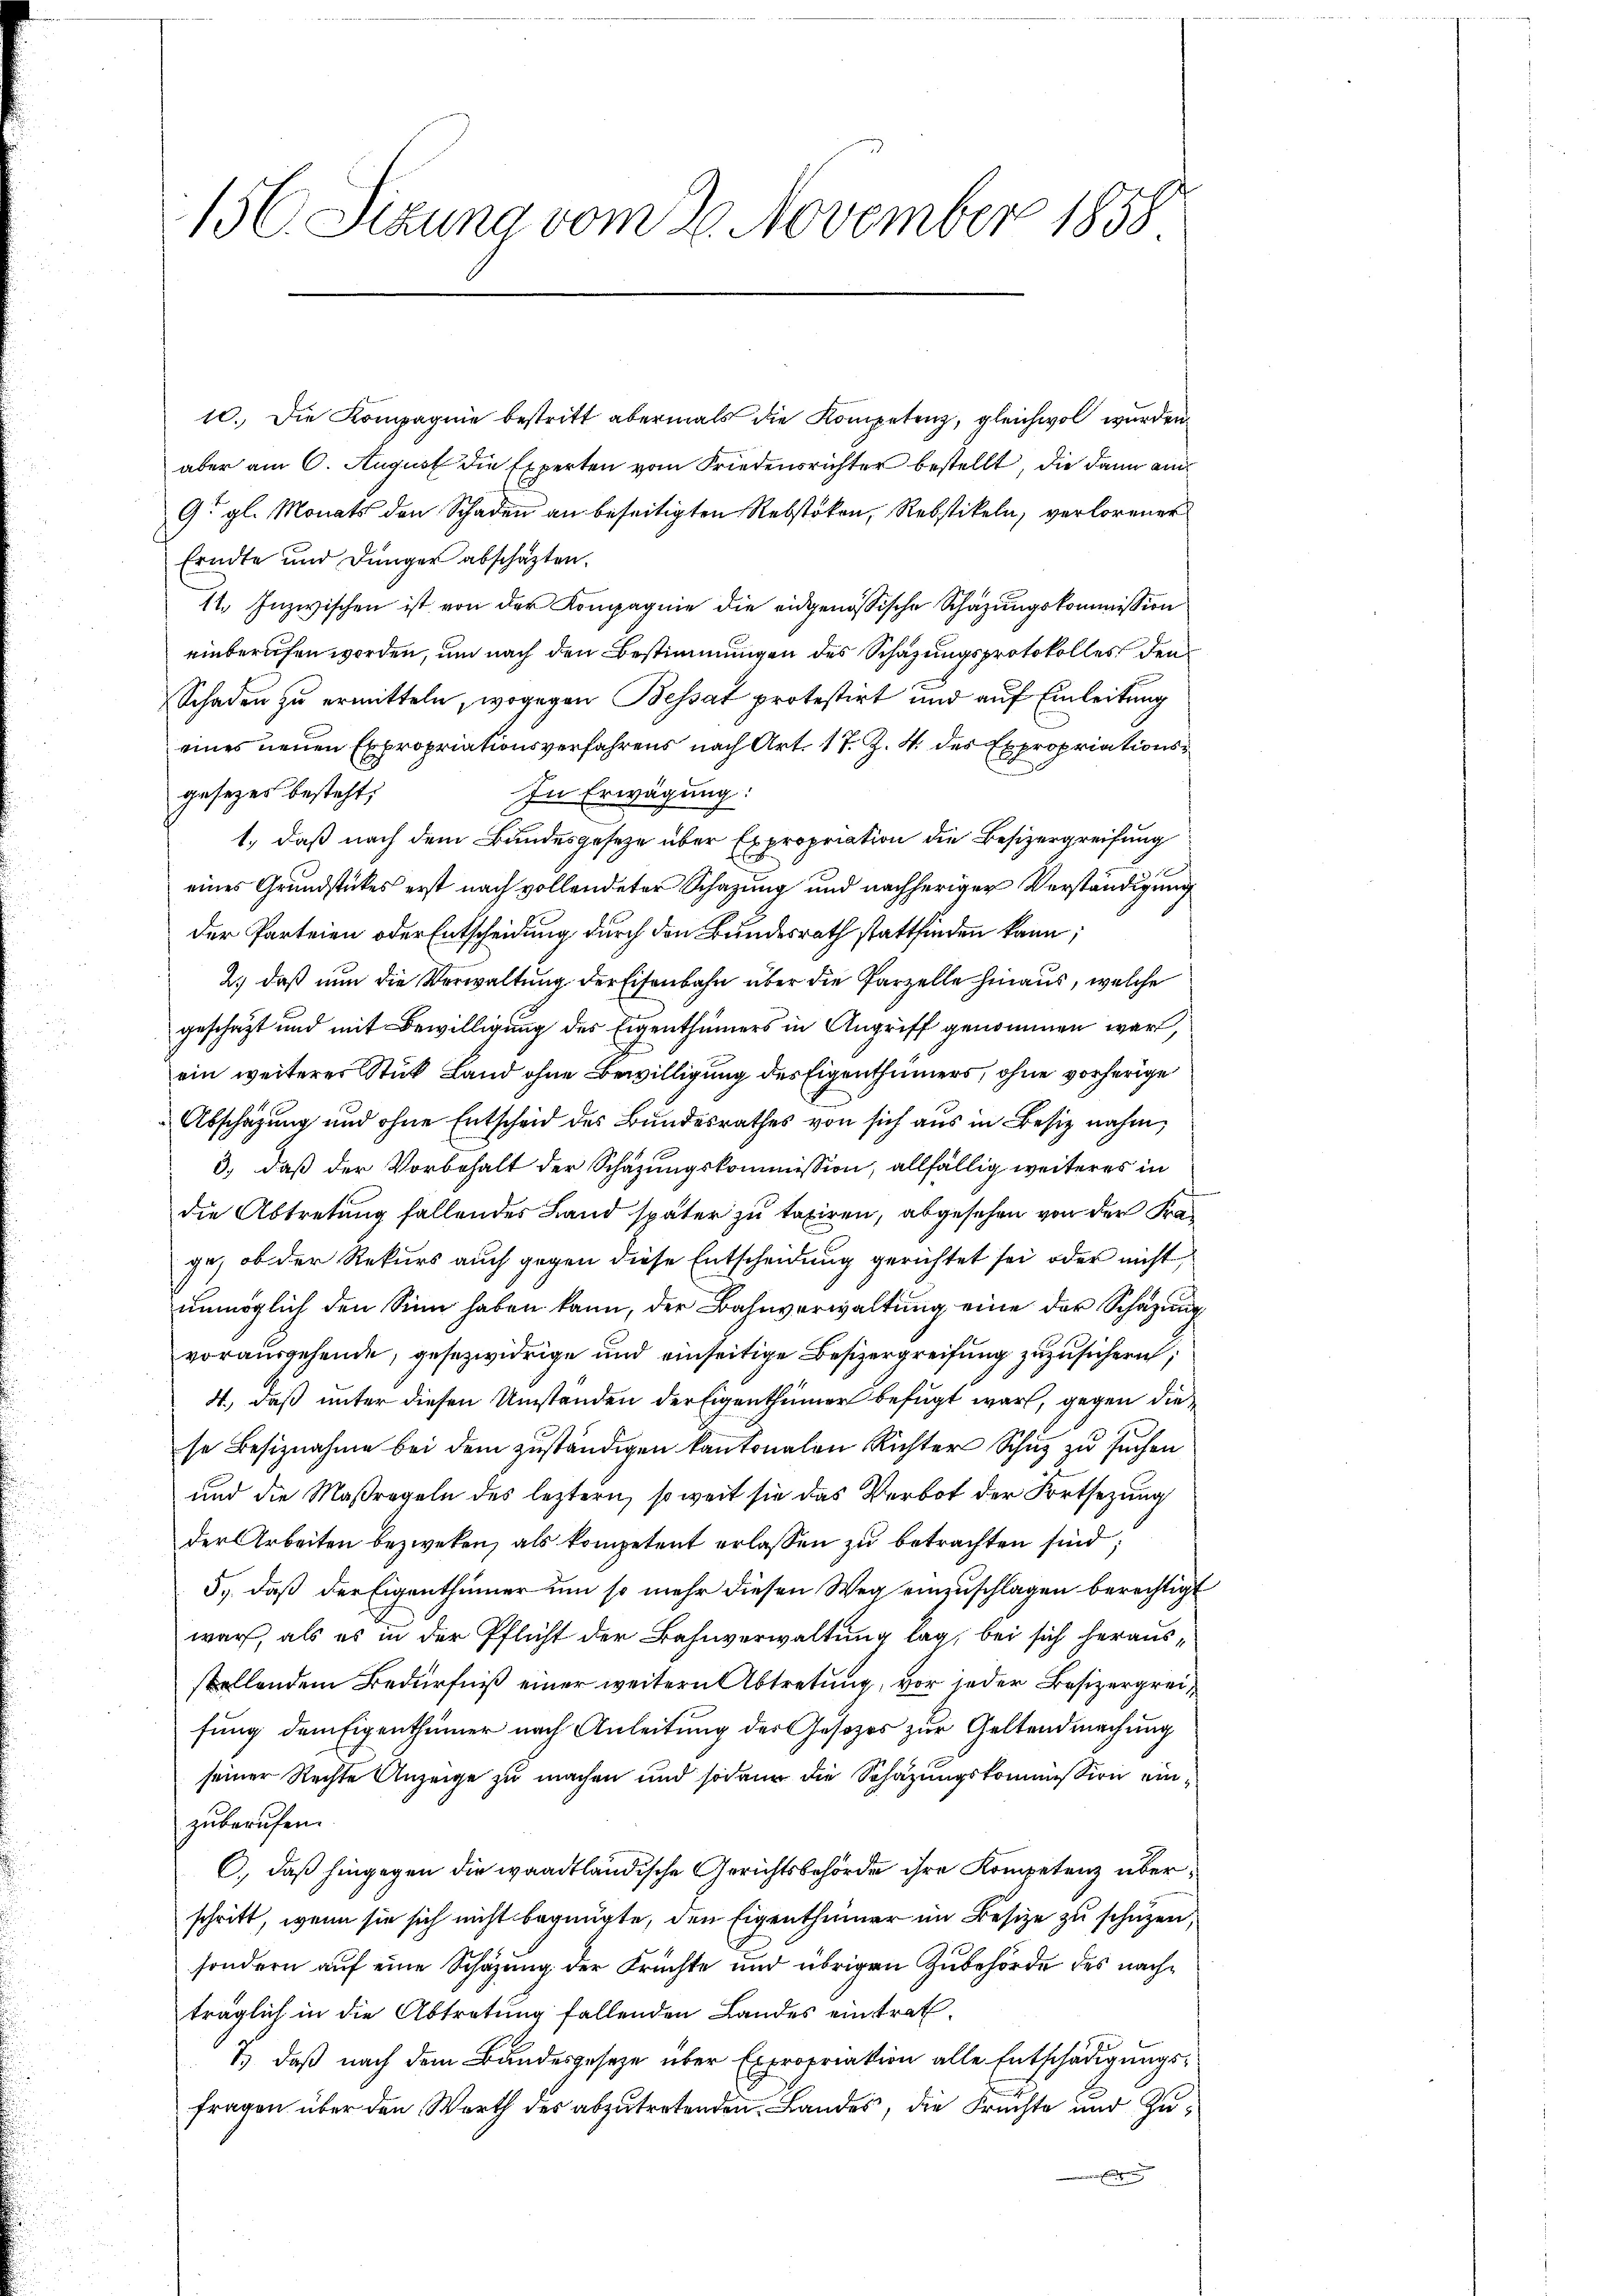
10. Die Kompagnie bestritt abermals die Kompetenz, gleichwol wurden
aber am 6. August die Experten vom Friedensrichter bestellt, die dann auch
G. gl. Monats den Schaden an beseitigten Rebstöken, Rebstikeln, verlorener
Erndte und Dünger abschaften.
11. Inzwischen ist von der Kompagnie die eidgenössische Schazungskommission
einberufen worden, und nach den Bestimmungen des Schazungsprotokolles den
Schaden zu ermitteln, wogegen Bessat protestirt und auf Einleitung
eines neuen Expropriationsverfahrens nach Art. 17. Z. 4. des Expropriationsgesezes besteht;
In Erwägung:
1., daß nach dem Bundesgesetze über Expropriation die Besizergreifung
d
eines Grundstückes erst nach vollendeter Schazung und nachheriger Verständigung
der Parteien oder Entscheidung durch den Bundesrath stattfinden kann;
2.) daß nun die Verwaltung der Eisenbahn über die Parzelle hinaus, welche
geschäzt und mit Bewilligung des Eigenthümers in Angriff genommen war,
ein weiterer Stuck Land ohne Bewilligung des Eigenthümers, ohne vorherige
Abschazung und ohne Entscheid des Bundesrathes von sich aus in Besiz nahm,
3.) daß der Vorbehalt der Schazungskommission, allfällig weiteres in
die Abtretung fallendes Land später zu taxiren, abgesehen von der Frage, ob der Rekurs auch gegen diese Entscheidung gerichtet sei oder nicht
unmöglich den Sinn haben kann, der Bahnverwaltung eine der Schazung
vorausgehende, gesezwidrige und einseitige Besizergreifung zuzusichern;
4., daß unter diesen Umständen der Eigenthümer befugt war, gegen die
se Besiznahme bei dem zuständigen kantonalen Richter Schuz zu suchen
und die Maßregeln des leztern, so weit sie das Verbot der Fortsezung
der Arbeiten bezweken, als kompetent erlassen zu betrachten sind;
5., daß der Eigenthümer um so mehr diesen Weg einzuschlagen berechtigt
war, als es in der Pflicht der Bahnverwaltung lag, bei sich herausstellendem Bedürfniß einer weitern Abtretung, vor jeder Besizergreifung dem Eigenthümer nach Anleitung des Gesetzes zur Geltendmachung
seiner Rechte Anzeige zu machen und sodann die Schazungskommission einzuberufen.
C., daß hingegen die waadtländische Gerichtsbehörde ihre Kompetenz überschritt, wenn sie sich nicht begnügte, den Eigenthümer im Besize zu schüzen,
sondern auf eine Schazung der Früchte und übrigen Zubehörde des nachträglich in die Abtretung fallenden Landes eintrat.
7.) Daß nach dem Bundesgeseze über Expropriation alle Entschädigungsfragen über den Werth des abzutretenden Landes, die Frachte und Zun

156. Sizung vom 20. November 1858